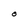
Character: O